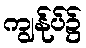
ကျွန်ုပ်၌